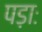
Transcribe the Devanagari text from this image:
पड़ाः